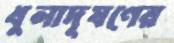
ধুলাদূষণের